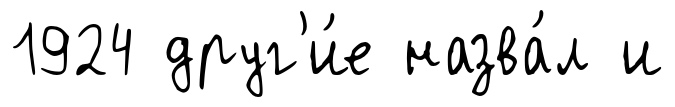
1924 друг'и́е назва́л и